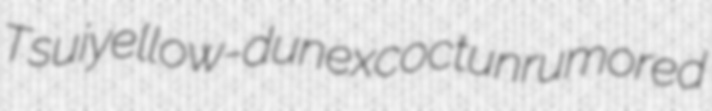
Tsui yellow-dun excoct unrumored